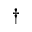
^ { \dagger }